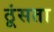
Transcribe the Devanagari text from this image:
ठूंसता